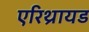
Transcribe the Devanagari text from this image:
एरिथ्रायड